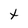
Character: t